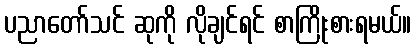
ပညာတော်သင် ဆုကို လိုချင်ရင် စာကြိုးစားရမယ်။